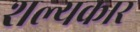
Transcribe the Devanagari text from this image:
शल्यकार